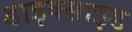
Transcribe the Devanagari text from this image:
डाइक्साइड